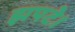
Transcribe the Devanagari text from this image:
झपटे।